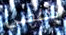
يكلفني